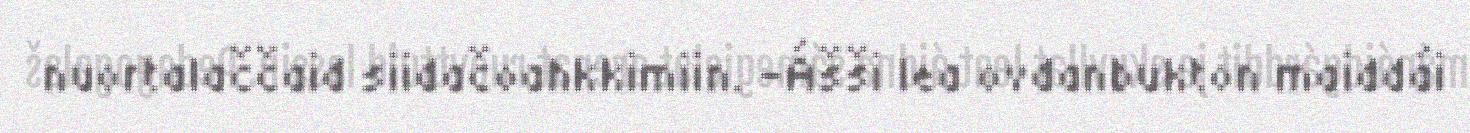
nuortalaččaid siidačoahkkimiin. -Ášši lea ovdanbukton maiddái